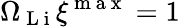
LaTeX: \Omega_{\mathrm{~L~i~}}\xi^{\mathrm{~m~a~x~}}=1